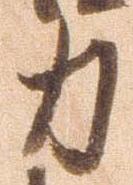
力